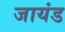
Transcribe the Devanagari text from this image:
जायंड